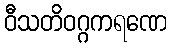
ဝီသတိဝဂ္ဂကရဏေ